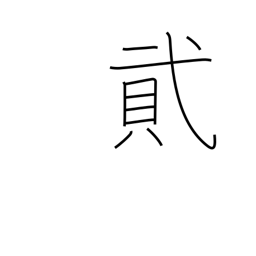
Meaning: number two